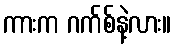
ကားက ဂက်စ်နဲ့လား။